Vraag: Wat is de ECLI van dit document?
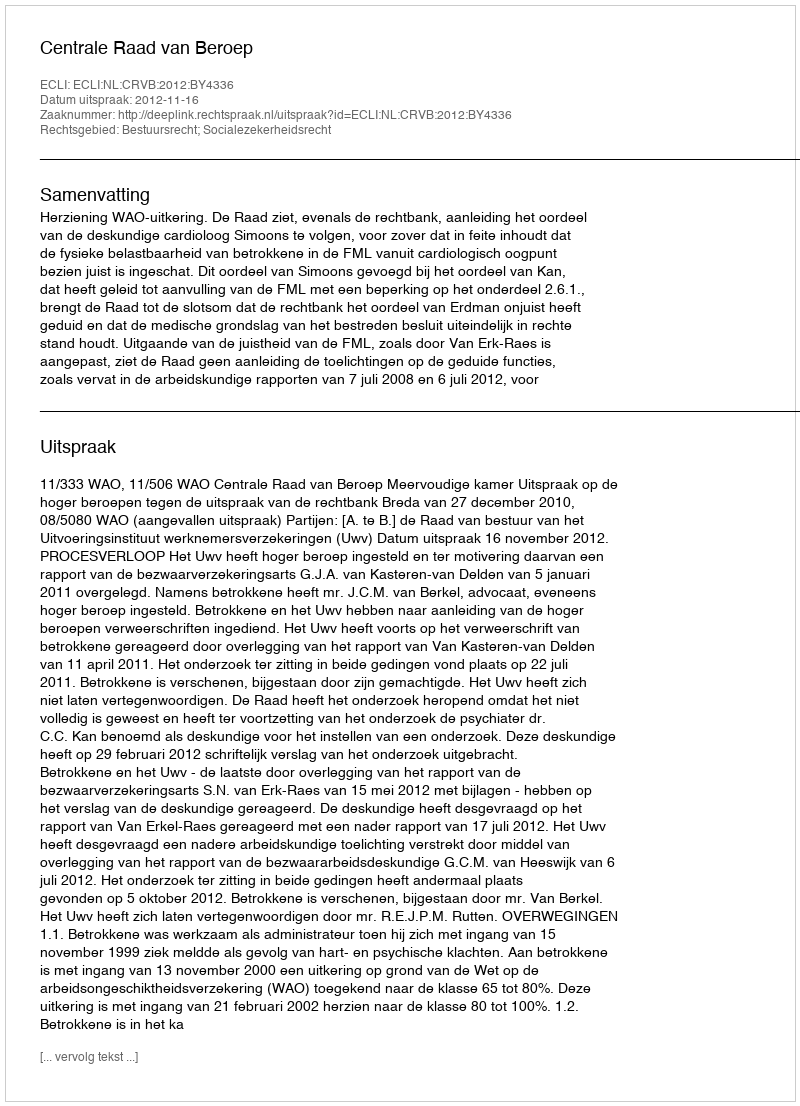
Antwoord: ECLI:NL:CRVB:2012:BY4336